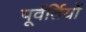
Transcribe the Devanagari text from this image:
पूर्वर्तियों